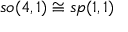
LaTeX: { \mathfrak { s o } } ( 4 , 1 ) \cong { \mathfrak { s p } } ( 1 , 1 )